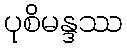
ပုစိမန္ဒဿ